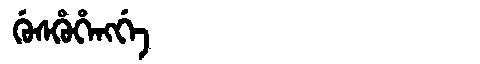
Manchu: ᡤᡠᠰᡥᡠᡥᡝᠩᡤᡝ
Romanization: GUSHUHENGGE